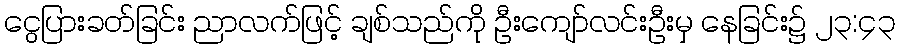
ငွေပြားခတ်ခြင်း ညာလက်ဖြင့် ချစ်သည်ကို ဦးကျော်လင်းဦးမှ နေခြင်း၌ ၂၃:၄၃